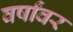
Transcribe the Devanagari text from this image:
वर्षांवर